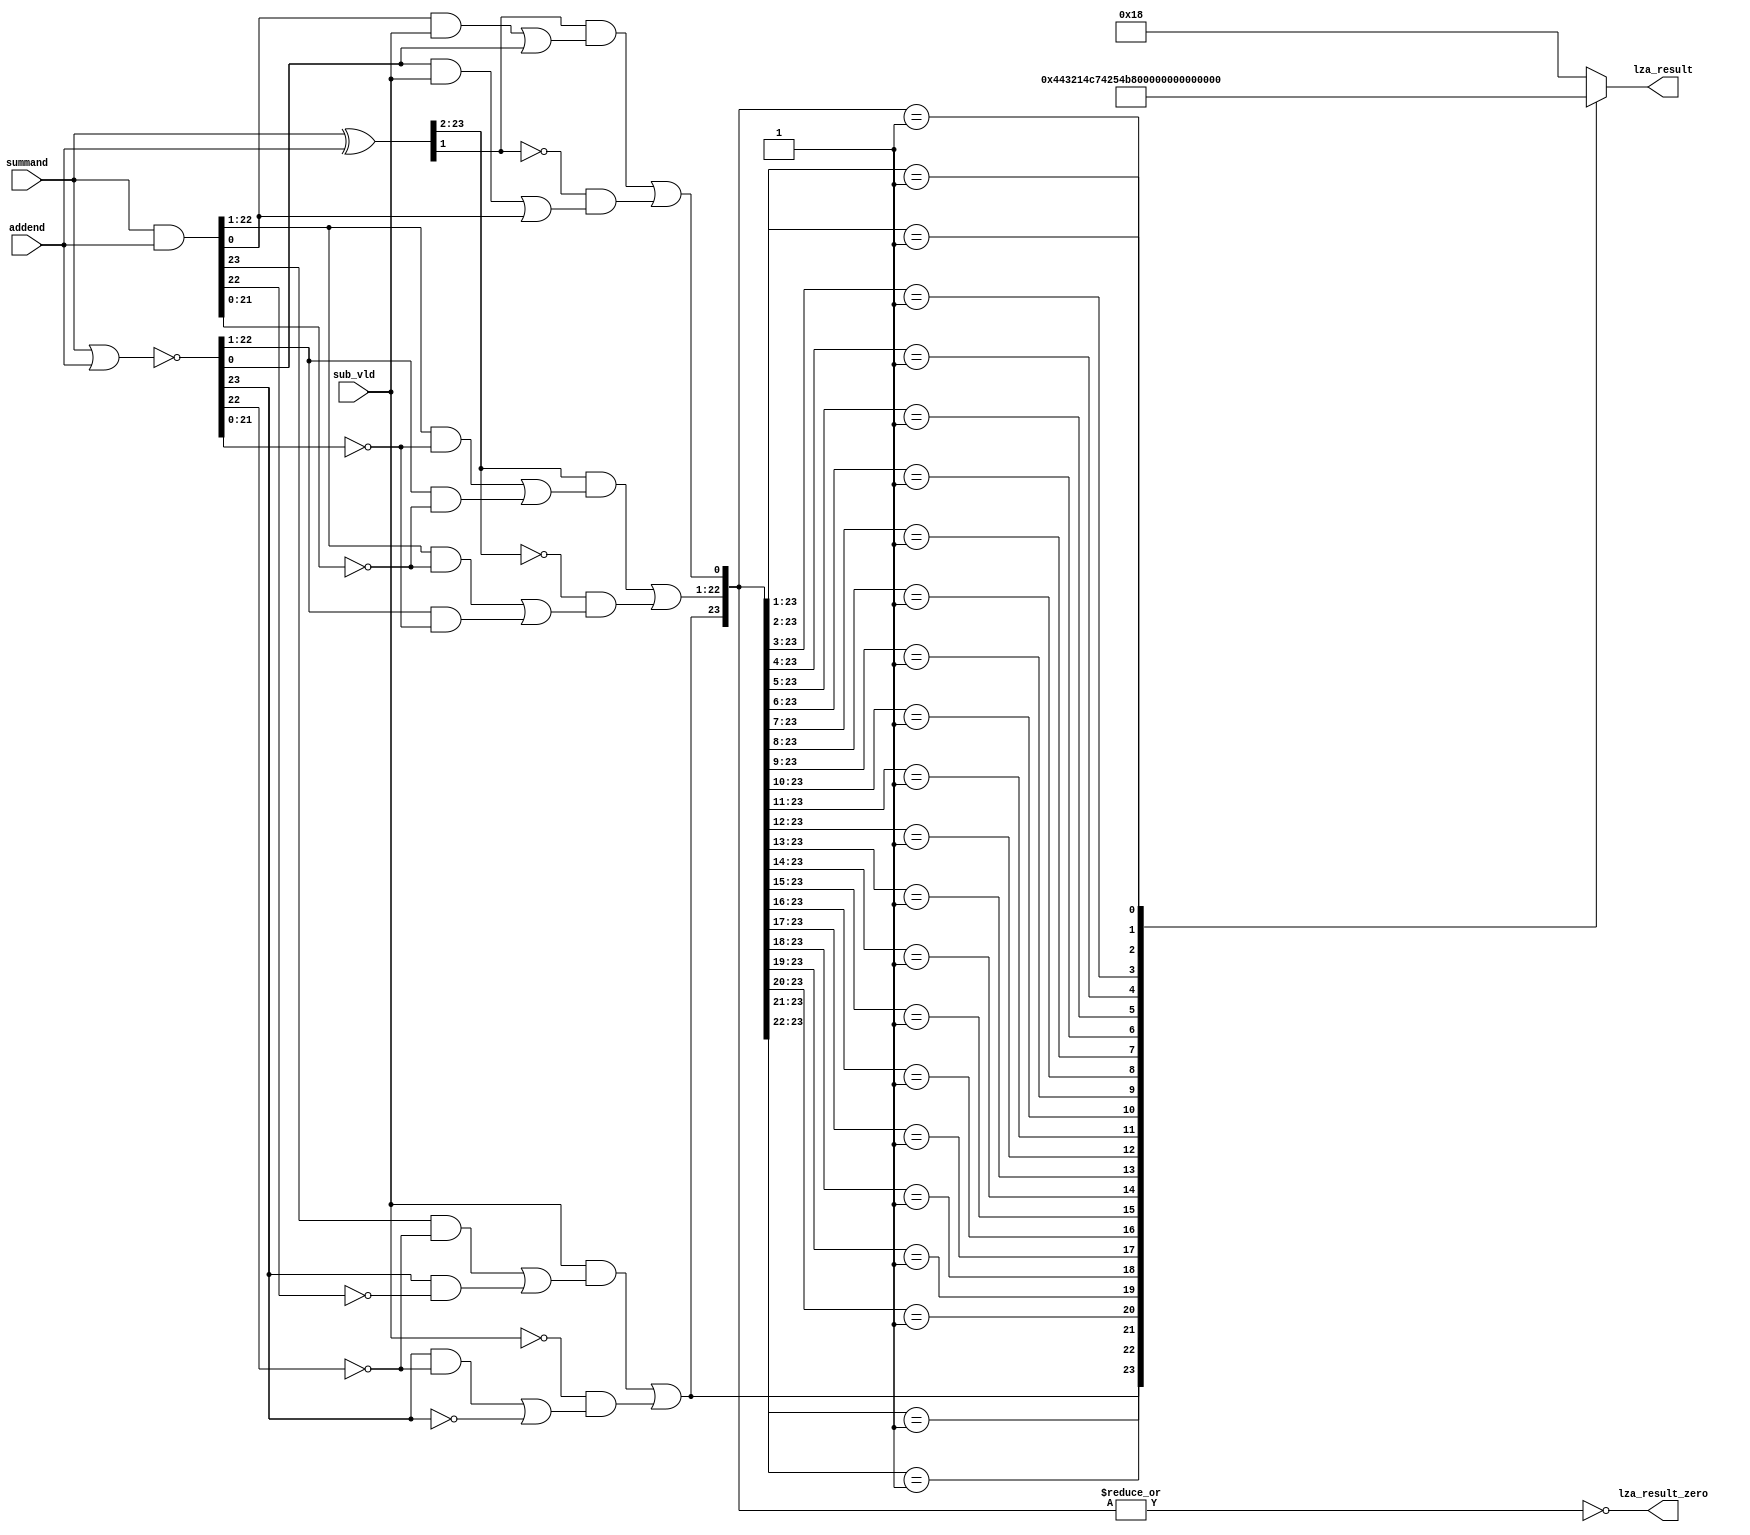
/*Copyright 2019-2021 T-Head Semiconductor Co., Ltd.

Licensed under the Apache License, Version 2.0 (the "License");
you may not use this file except in compliance with the License.
You may obtain a copy of the License at

    http://www.apache.org/licenses/LICENSE-2.0

Unless required by applicable law or agreed to in writing, software
distributed under the License is distributed on an "AS IS" BASIS,
WITHOUT WARRANTIES OR CONDITIONS OF ANY KIND, either express or implied.
See the License for the specific language governing permissions and
limitations under the License.
*/

// &ModuleBeg; @23
module ct_vfmau_lza_simd_half(
  addend,
  lza_result,
  lza_result_zero,
  sub_vld,
  summand
);

// &Ports; @24
input   [23:0]  addend;         
input           sub_vld;        
input   [23:0]  summand;        
output  [4 :0]  lza_result;     
output          lza_result_zero; 

// &Regs; @25
reg     [4 :0]  lza_result;     

// &Wires; @26
wire    [23:0]  addend;         
wire    [23:0]  carry_d;        
wire    [23:0]  carry_g;        
wire    [23:0]  carry_p;        
wire    [23:0]  lza_precod;     
wire            lza_result_zero; 
wire            sub_vld;        
wire    [23:0]  summand;        


//==========================================================
//                   Signal Pre-encode
//==========================================================
//----------------------------------------------------------
//                   Signal preparation
//----------------------------------------------------------
// carry_p: carry propagete
// carry_g: carry generate
// carry_d: carry delete
assign carry_p[23:0] = summand[23:0] ^ addend[23:0];
assign carry_g[23:0] = summand[23:0] & addend[23:0];
assign carry_d[23:0] = ~(summand[23:0] | addend[23:0]);
//----------------------------------------------------------
//                   Signal decode
//----------------------------------------------------------
//pre-predecode for leading zero anticipation
assign lza_precod[0] = 
     carry_p[1] && (carry_g[0] && sub_vld || carry_d[0])
 || !carry_p[1] && (carry_d[0] && sub_vld || carry_g[0]);

assign lza_precod[23] = 
     sub_vld && (carry_g[23] && !carry_d[22] || carry_d[23] && !carry_g[22])
 || !sub_vld && (carry_d[23] && !carry_d[22] || !carry_d[23]);

assign lza_precod[22:1] = 
    carry_p[23:2] & (carry_g[22:1] & ~carry_d[21:0] | carry_d[22:1] & ~carry_g[21:0])
 | ~carry_p[23:2] & (carry_g[22:1] & ~carry_g[21:0] | carry_d[22:1] & ~carry_d[21:0]);

//==========================================================
//                     LZA coding
//==========================================================
// &CombBeg; @59
always @( lza_precod[23:0])
begin
casez(lza_precod[23:0])
  24'b1???????????????????????:lza_result[4:0] = 5'd0;
  24'b01??????????????????????:lza_result[4:0] = 5'd1;
  24'b001?????????????????????:lza_result[4:0] = 5'd2;
  24'b0001????????????????????:lza_result[4:0] = 5'd3;
  24'b00001???????????????????:lza_result[4:0] = 5'd4;
  24'b000001??????????????????:lza_result[4:0] = 5'd5;
  24'b0000001?????????????????:lza_result[4:0] = 5'd6;
  24'b00000001????????????????:lza_result[4:0] = 5'd7;
  24'b000000001???????????????:lza_result[4:0] = 5'd8;
  24'b0000000001??????????????:lza_result[4:0] = 5'd9;
  24'b00000000001?????????????:lza_result[4:0] = 5'd10;
  24'b000000000001????????????:lza_result[4:0] = 5'd11;
  24'b0000000000001???????????:lza_result[4:0] = 5'd12;
  24'b00000000000001??????????:lza_result[4:0] = 5'd13;
  24'b000000000000001?????????:lza_result[4:0] = 5'd14;
  24'b0000000000000001????????:lza_result[4:0] = 5'd15;
  24'b00000000000000001???????:lza_result[4:0] = 5'd16;
  24'b000000000000000001??????:lza_result[4:0] = 5'd17;
  24'b0000000000000000001?????:lza_result[4:0] = 5'd18;
  24'b00000000000000000001????:lza_result[4:0] = 5'd19;
  24'b000000000000000000001???:lza_result[4:0] = 5'd20;
  24'b0000000000000000000001??:lza_result[4:0] = 5'd21;
  24'b00000000000000000000001?:lza_result[4:0] = 5'd22;
  24'b000000000000000000000001:lza_result[4:0] = 5'd23;
  default                     :lza_result[4:0] = 5'd24;
endcase
// &CombEnd; @87
end

assign lza_result_zero = ~|lza_precod[23:0];

// &ModuleEnd; @91
endmodule